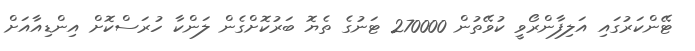
ޓޭންކަރުގައި އަލިފާންރޯވީ ކުވޭތުން 270000 ޓަނުގެ ތެޔޮ ބަރުކޮށްގެން ލަންކާ ހުރަސްކޮށް އިންޑިއާއަށް